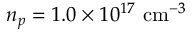
n _ { p } = 1 . 0 \times 1 0 ^ { 1 7 } \mathrm { ~ c m } ^ { - 3 }